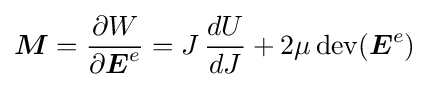
{\boldsymbol {M}}={\frac {\partial W}{\partial {\boldsymbol {E}}^{e}}}=J\,{\frac {dU}{dJ}}+2\mu \,{\text{dev}}({\boldsymbol {E}}^{e})